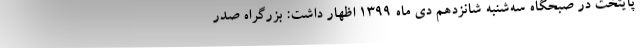
پایتخت در صبحگاه سه‌شنبه شانزدهم دی ماه ۱۳۹۹ اظهار داشت: بزرگراه صدر